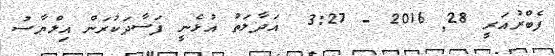
ފެބްރުއަރީ 28